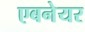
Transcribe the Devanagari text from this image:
एबनेयर